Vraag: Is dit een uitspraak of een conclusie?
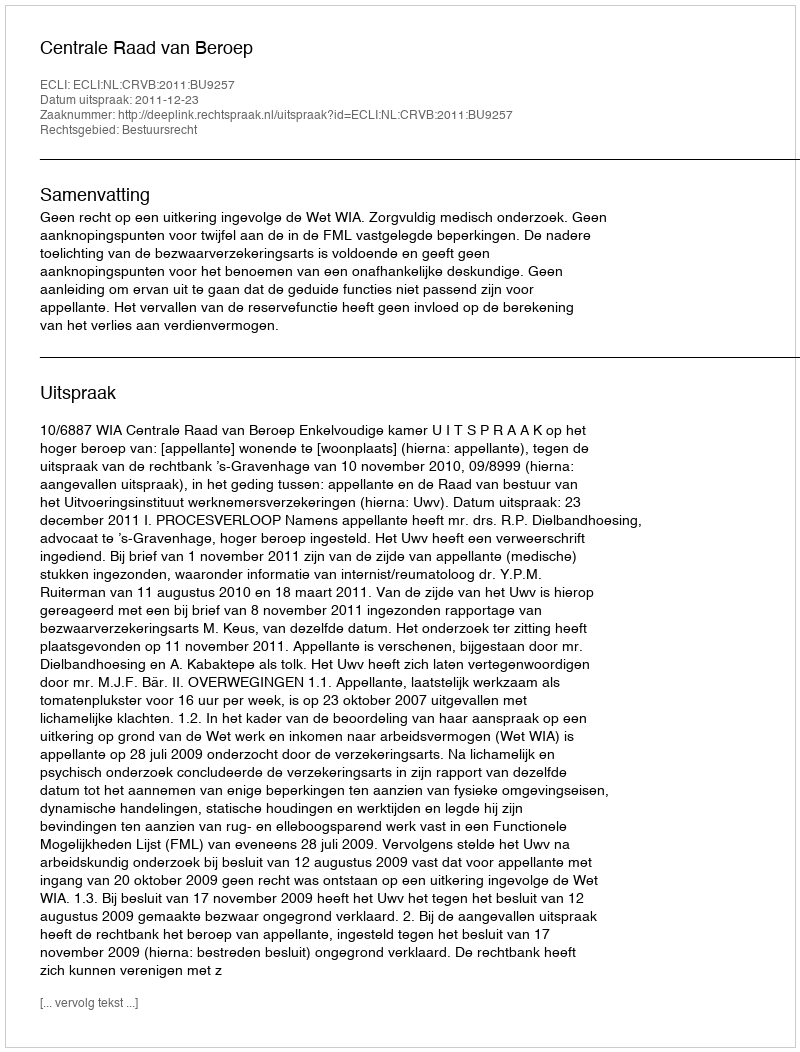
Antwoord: Uitspraak